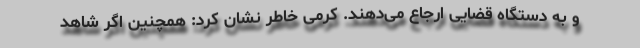
و به دستگاه قضایی ارجاع می‌دهند. کرمی خاطر نشان کرد: همچنین اگر شاهد